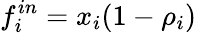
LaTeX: f_{i}^{in}=x_{i}(1-\rho_{i})